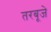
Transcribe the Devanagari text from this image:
तरबूजे